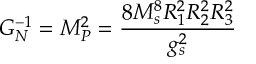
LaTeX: G _ { N } ^ { - 1 } = M _ { P } ^ { 2 } = { \frac { 8 M _ { s } ^ { 8 } R _ { 1 } ^ { 2 } R _ { 2 } ^ { 2 } R _ { 3 } ^ { 2 } } { g _ { s } ^ { 2 } } }